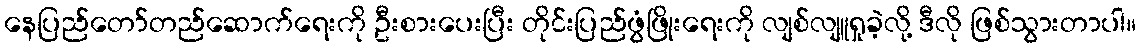
နေပြည်တော်တည်ဆောက်ရေးကို ဦးစားပေးပြီး တိုင်းပြည်ဖွံဖြိုးရေးကို လျစ်လျူရှုခဲ့လို့ ဒီလို ဖြစ်သွားတာပါ။